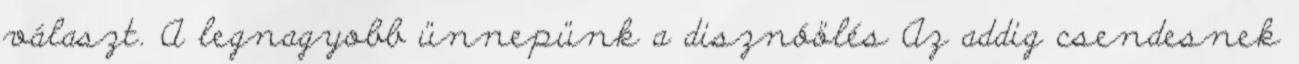
választ. A legnagyobb ünnepünk a disznóölés Az addig csendesnek